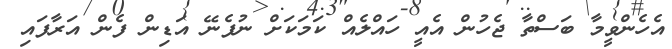
އެހެންވީމާ ބަސްތާ ޖެހުން އެއީ ހައްލެއް ކަމަކަށް ނުފެނޭ އަޑިން ފެން އަރާފައި